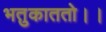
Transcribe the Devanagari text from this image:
भतुकाततो।।